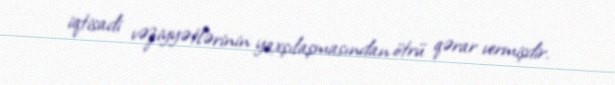
iqtisadi vəziyyətlərinin yaxşılaşmasından ötrü qərar vermişdir.